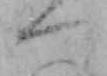
つ